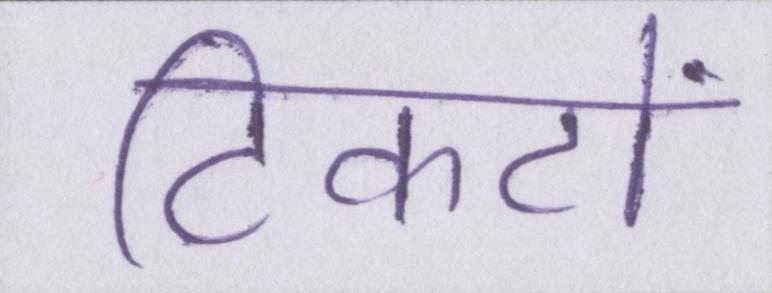
टिकटों